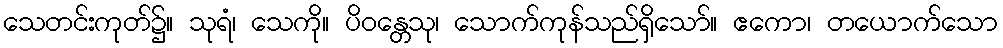
သေတင်းကုတ်၌။ သုရံ၊ သေကို။ ပိဝန္တေသု၊ သောက်ကုန်သည်ရှိသော်။ ဧကော၊ တယောက်သော